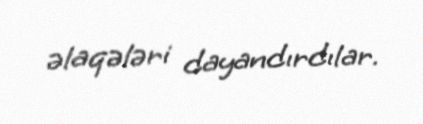
əlaqələri dayandırdılar.